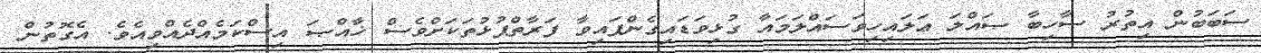
ސަބަބުން އިތުރު ސާހިބާ ޞައްލަ ޢަލައިހިވަސައްލަމައާ ގުޅިވަޑައިގެންފައިވާ ފަރާތްޕުޅުތަކަށްވެސް ޚާއްޞަ އިސްކަމެއްދެއްވިއެވެ. އެގޮތުން